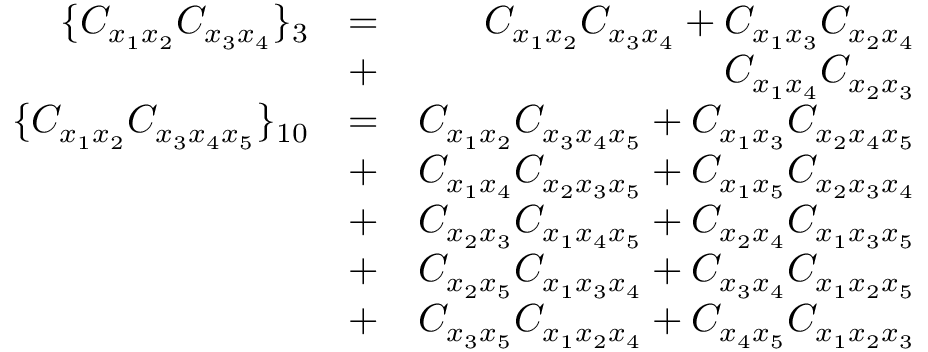
\begin{array} { r l r } { \lbrace C _ { x _ { 1 } x _ { 2 } } C _ { x _ { 3 } x _ { 4 } } \rbrace _ { 3 } } & { = } & { C _ { x _ { 1 } x _ { 2 } } C _ { x _ { 3 } x _ { 4 } } + C _ { x _ { 1 } x _ { 3 } } C _ { x _ { 2 } x _ { 4 } } } \\ & { + } & { C _ { x _ { 1 } x _ { 4 } } C _ { x _ { 2 } x _ { 3 } } } \\ { \lbrace C _ { x _ { 1 } x _ { 2 } } C _ { x _ { 3 } x _ { 4 } x _ { 5 } } \rbrace _ { 1 0 } } & { = } & { C _ { x _ { 1 } x _ { 2 } } C _ { x _ { 3 } x _ { 4 } x _ { 5 } } + C _ { x _ { 1 } x _ { 3 } } C _ { x _ { 2 } x _ { 4 } x _ { 5 } } } \\ & { + } & { C _ { x _ { 1 } x _ { 4 } } C _ { x _ { 2 } x _ { 3 } x _ { 5 } } + C _ { x _ { 1 } x _ { 5 } } C _ { x _ { 2 } x _ { 3 } x _ { 4 } } } \\ & { + } & { C _ { x _ { 2 } x _ { 3 } } C _ { x _ { 1 } x _ { 4 } x _ { 5 } } + C _ { x _ { 2 } x _ { 4 } } C _ { x _ { 1 } x _ { 3 } x _ { 5 } } } \\ & { + } & { C _ { x _ { 2 } x _ { 5 } } C _ { x _ { 1 } x _ { 3 } x _ { 4 } } + C _ { x _ { 3 } x _ { 4 } } C _ { x _ { 1 } x _ { 2 } x _ { 5 } } } \\ & { + } & { C _ { x _ { 3 } x _ { 5 } } C _ { x _ { 1 } x _ { 2 } x _ { 4 } } + C _ { x _ { 4 } x _ { 5 } } C _ { x _ { 1 } x _ { 2 } x _ { 3 } } } \end{array}